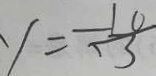
y = \frac { - 1 0 } { 3 }